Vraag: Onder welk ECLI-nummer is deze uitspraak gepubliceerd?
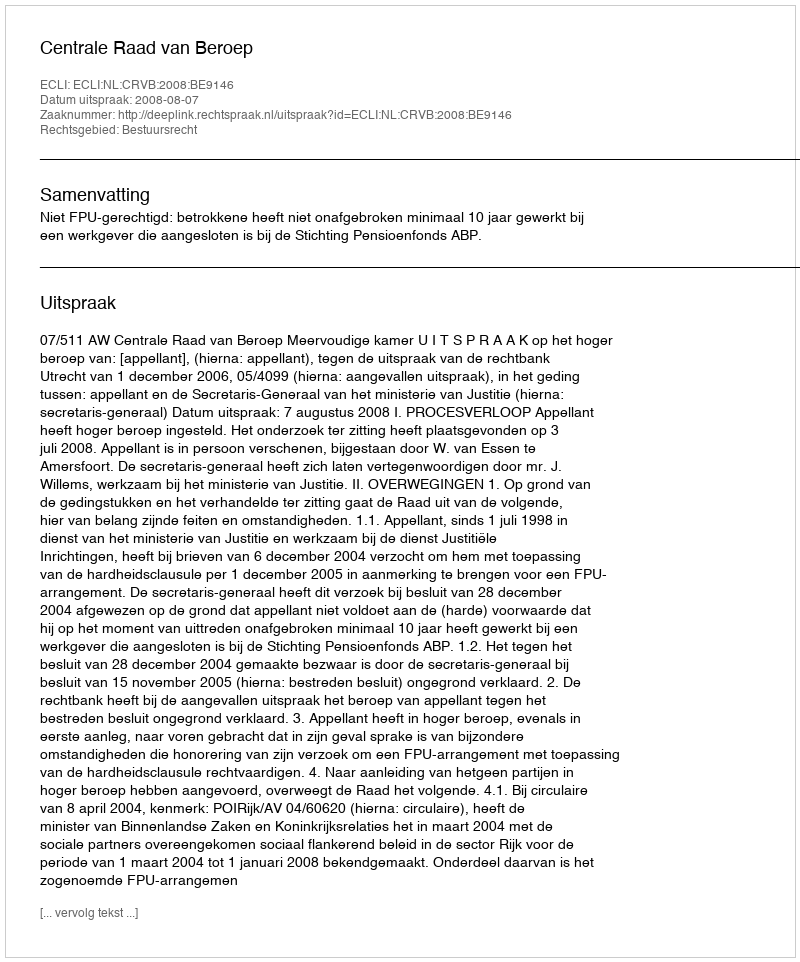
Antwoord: ECLI:NL:CRVB:2008:BE9146